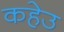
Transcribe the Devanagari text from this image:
कहेउ